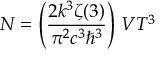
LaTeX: N = \left( { \frac { 2 k ^ { 3 } \zeta ( 3 ) } { \pi ^ { 2 } c ^ { 3 } \hbar ^ { 3 } } } \right) \, V T ^ { 3 }